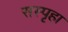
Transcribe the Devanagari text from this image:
सस्पृहा